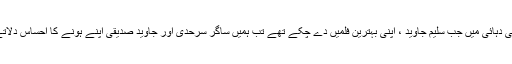
ستر کی دہائی میں جب سلیم جاوید ، اپنی بہترین فلمیں دے چکے تھے تب ہمیں ساگر سرحدی اور جاوید صدیقی اپنے ہونے کا احساس دلاتے ہیں۔